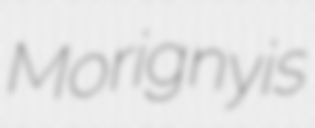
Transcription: Morigny is